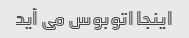
اینجا اتوبوس می آید